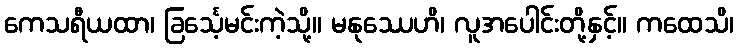
ကေသရီယထာ၊ ခြင်္သေ့မင်းကဲ့သို့။ မနုဿေဟိ၊ လူအပေါင်းတို့နှင့်။ ကထေသိ၊